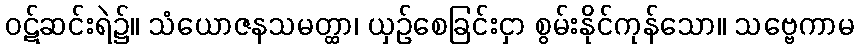
ဝဋ်ဆင်းရဲ၌။ သံယောဇနသမတ္ထာ၊ ယှဉ်စေခြင်းငှာ စွမ်းနိုင်ကုန်သော။ သဗ္ဗေကာမ